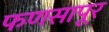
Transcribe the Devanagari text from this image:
फणसापूर